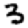
Digit: 3